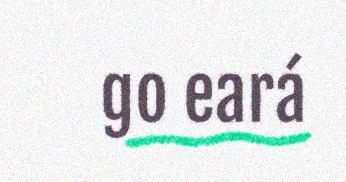
go eará